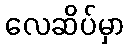
လေဆိပ်မှာ